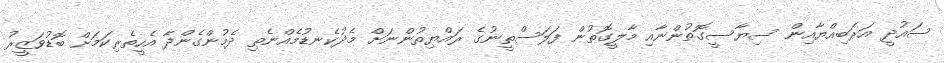
ސައުދީ އަރަބިއްޔާއިން ސިޔާސީގޮތުންނާއި މާލީގޮތުން ފަލަސްތީނުގެ ރައްޔިތުންނަށް މެދުކެނޑުމެއްނެތި ދެމުންގެންދާ އެހީތެރިކަމަށް ބޮޑުވަޒީރު